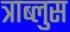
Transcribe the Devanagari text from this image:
त्राब्लुस